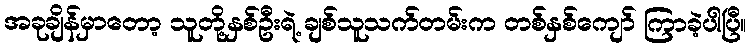
အခုချိန်မှာတော့ သူတို့နှစ်ဦးရဲ့ ချစ်သူသက်တမ်းက တစ်နှစ်ကျော် ကြာခဲ့ပါပြီ။